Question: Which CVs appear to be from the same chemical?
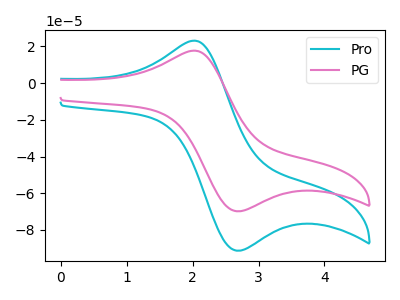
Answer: <think>The cyan curve "Pro" has an anodic peak at (2.00V, 23.05uA) and a cathodic peak at (2.75V, -91.20uA). The pink curve "PG" has an anodic peak at (2.00V, 17.65uA) and a cathodic peak at (2.75V, -69.75uA).
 All the peaks in "Pro" have a peak in "PG" at the same potential. Every peak in "Pro" is higher than every peak in "PG".</think>
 <answer>"PG" and "Pro" have the same shape and are likely CV's of the same chemical.</answer>
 <eval>"PG" "Pro"</eval>